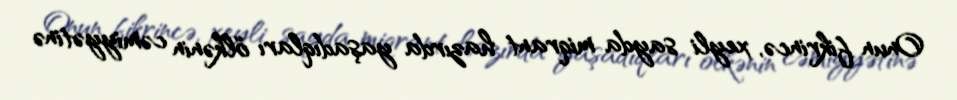
Onun fikrincə, xeyli sayda miqrant hazırda yaşadıqları ölkənin cəmiyyətinə